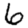
Digit: 6